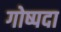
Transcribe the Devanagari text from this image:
गोष्पदा